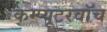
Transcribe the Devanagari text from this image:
कम्प्यूटरवॉच